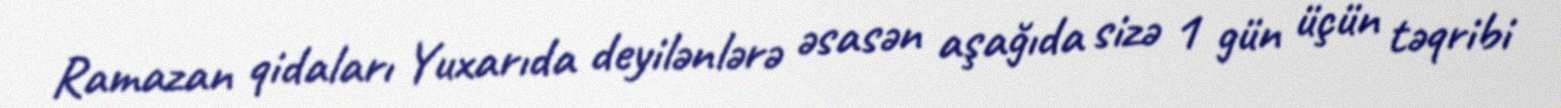
Ramazan qidaları Yuxarıda deyilənlərə əsasən aşağıda sizə 1 gün üçün təqribi